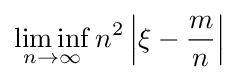
\liminf _{n\to \infty }n^{2}\left|\xi -{\frac {m}{n}}\right|